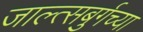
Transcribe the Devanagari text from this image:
जाल्त्सबुर्गच्या